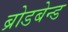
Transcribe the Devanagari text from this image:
ब्रोडबेन्ड